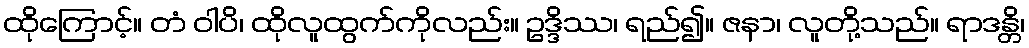
ထိုကြောင့်။ တံ ဝါပိ၊ ထိုလူထွက်ကိုလည်း။ ဥဒ္ဒိဿ၊ ရည်၍။ ဇနာ၊ လူတို့သည်။ ရာဒန္တိ၊